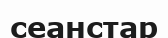
сеанстар